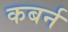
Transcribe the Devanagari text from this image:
कबर्न